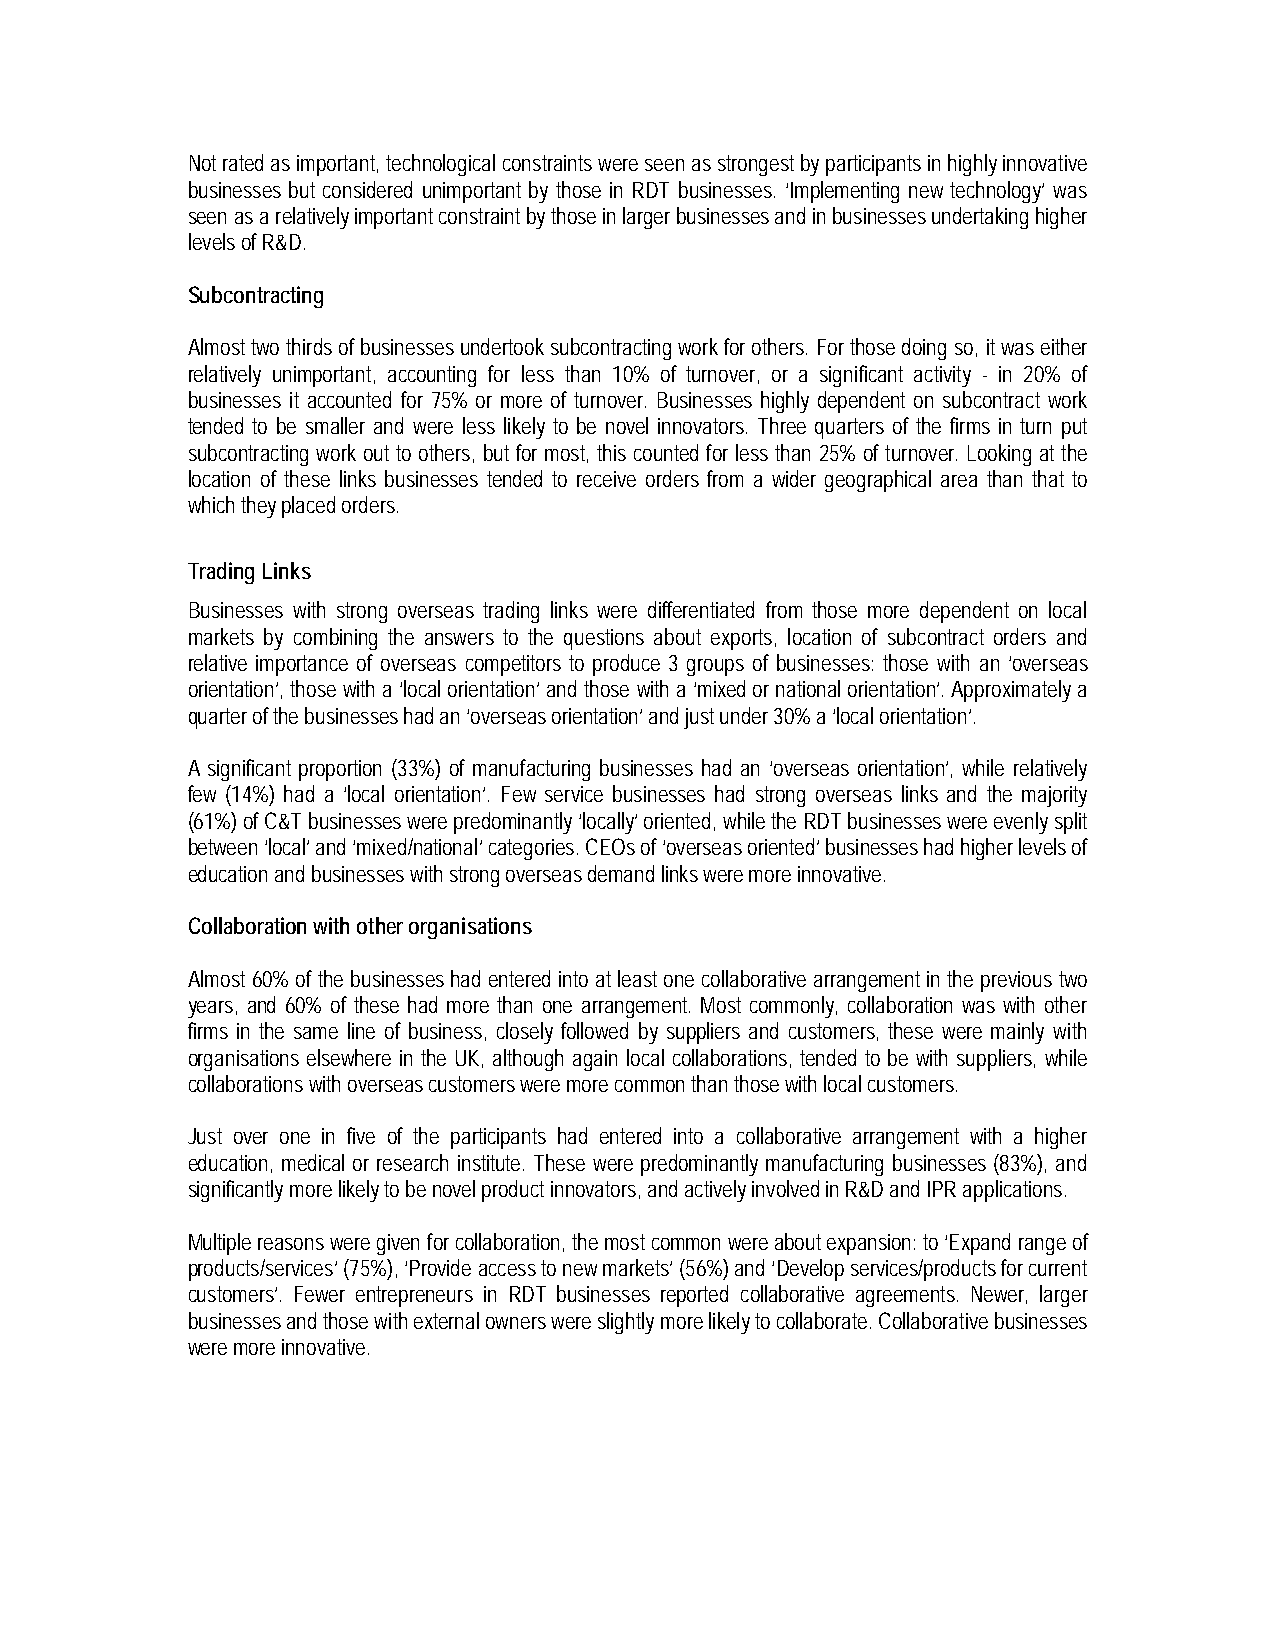
Not rated as important, technological constraints were seen as strongest by participants in highly innovative
 businesses but considered unimportant by those in RDT businesses. ‘Implementing new technology’ was
 seen as a relatively important constraint by those in larger businesses and in businesses undertaking higher
 levels of R&D.
 Subcontracting
 Almost two thirds of businesses undertook subcontracting work for others. For those doing so, it was either
 relatively unimportant, accounting for less than 10% of turnover, or a significant activity - in 20% of
 businesses it accounted for 75% or more of turnover. Businesses highly dependent on subcontract work
 tended to be smaller and were less likely to be novel innovators. Three quarters of the firms in turn put
 subcontracting work out to others, but for most, this counted for less than 25% of turnover. Looking at the
 location of these links businesses tended to receive orders from a wider geographical area than that to
 which they placed orders.
 Trading Links
 Businesses with strong overseas trading links were differentiated from those more dependent on local
 markets by combining the answers to the questions about exports, location of subcontract orders and
 relative importance of overseas competitors to produce 3 groups of businesses: those with an ‘overseas
 orientation’, those with a ‘local orientation’ and those with a ‘mixed or national orientation’. Approximately a
 quarter of the businesses had an ‘overseas orientation’ and just under 30% a ‘local orientation’.
 A significant proportion (33%) of manufacturing businesses had an ‘overseas orientation’, while relatively
 few (14%) had a ‘local orientation’. Few service businesses had strong overseas links and the majority
 (61%) of C&T businesses were predominantly ‘locally’ oriented, while the RDT businesses were evenly split
 between ‘local’ and ‘mixed/national’ categories. CEOs of ‘overseas oriented’ businesses had higher levels of
 education and businesses with strong overseas demand links were more innovative.
 Collaboration with other organisations
 Almost 60% of the businesses had entered into at least one collaborative arrangement in the previous two
 years, and 60% of these had more than one arrangement. Most commonly, collaboration was with other
 firms in the same line of business, closely followed by suppliers and customers, these were mainly with
 organisations elsewhere in the UK, although again local collaborations, tended to be with suppliers, while
 collaborations with overseas customers were more common than those with local customers.
 Just over one in five of the participants had entered into a collaborative arrangement with a higher
 education, medical or research institute. These were predominantly manufacturing businesses (83%), and
 significantly more likely to be novel product innovators, and actively involved in R&D and IPR applications.
 Multiple reasons were given for collaboration, the most common were about expansion: to ‘Expand range of
 products/services’ (75%), ‘Provide access to new markets’ (56%) and ‘Develop services/products for current
 customers’. Fewer entrepreneurs in RDT businesses reported collaborative agreements. Newer, larger
 businesses and those with external owners were slightly more likely to collaborate. Collaborative businesses
 were more innovative.